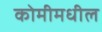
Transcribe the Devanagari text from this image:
कोमीमधील